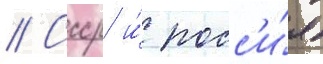
// Ссср и́ росс'и́я